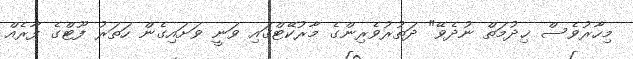
މިހާރުވެސް ޚިދުމަތް ނުދެވޭ" ދަތުރުވެރިންގެ މާރުކޭޓްގައި ވަނީ ވަށައިގެން ހަތަރު ފޫޓްގެ ފާރެއް